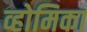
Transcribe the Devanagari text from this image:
व्होमिका